Scientific memoirs by medical officers of the Army of India - Part V,
Year: 1890
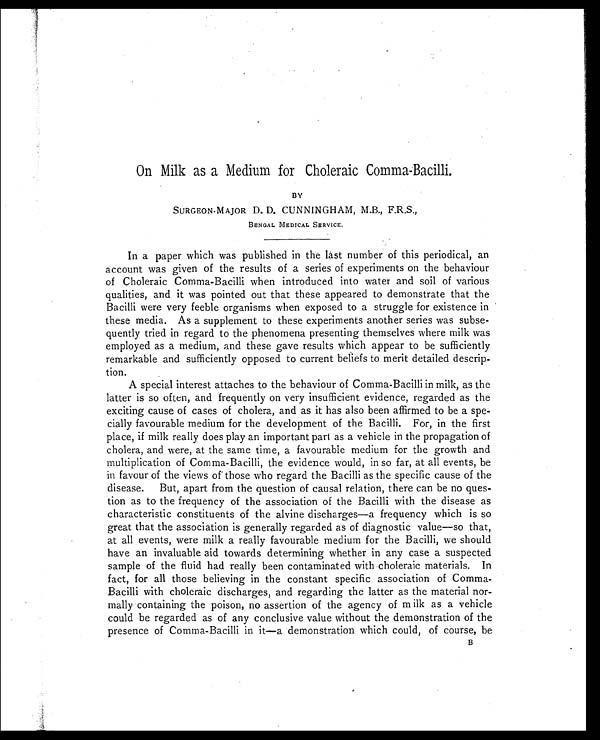
On Milk as a Medium for Choleraic Comma-Bacilli.
BY
SURGEON-MAJOR D. D. CUNNINGHAM, M.B., F.R.S.,
BENGAL MEDICAL SERVICE.
In a paper which was published in the last number of this periodical, an
account was given of the results of a series of experiments on the behaviour
of Choleraic Comma-Bacilli when introduced into water and soil of various
qualities, and it was pointed out that these appeared to demonstrate that the
Bacilli were very feeble organisms when exposed to a struggle for existence in
these media. As a supplement to these experiments another series was subse
-
quently tried in regard to the phenomena presenting themselves where milk was
employed as a medium, and these gave results which appear to be sufficiently
remarkable and sufficiently opposed to current beliefs to merit detailed descrip
-
tion.
A special interest attaches to the behaviour of Comma-Bacilli in milk, as the
latter is so often, and frequently on very insufficient evidence, regarded as the
exciting cause of cases of cholera, and as it has also been affirmed to be a spe
-
cially favourable medium for the development of the Bacilli. For, in the first
place, if milk really does play an important part as a vehicle in the propagation of
cholera, and were, at the same time, a favourable medium for the growth and
multiplication of Comma-Bacilli, the evidence would, in so far, at all events, be
in favour of the views of those who regard the Bacilli as the specific cause of the
disease. But, apart from the question of causal relation, there can be no ques
-
tion as to the frequency of the association of the Bacilli with the disease as
characteristic constituents of the alvine discharges—a frequency which is so
great that the association is generally regarded as of diagnostic value—so that,
at all events, were milk a really favourable medium for the Bacilli, we should
have an invaluable aid towards determining whether in any case a suspected
sample of the fluid had really been contaminated with choleraic materials. In
fact, for all those believing in the constant specific association of Comma-
Bacilli with choleraic discharges, and regarding the latter as the material nor
-
mally containing the poison, no assertion of the agency of milk as a vehicle
could be regarded as of any conclusive value without the demonstration of the
presence of Comma-Bacilli in it—a demonstration which could, of course, be B